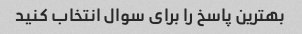
بهترین پاسخ را برای سوال انتخاب کنید